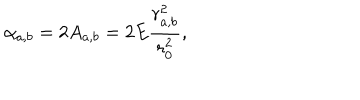
\alpha _ { a , b } = 2 A _ { a , b } = 2 E \frac { r _ { a , b } ^ { 2 } } { r _ { 0 } ^ { 2 } } ,